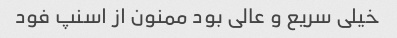
خیلی سریع و عالی بود ممنون از اسنپ فود